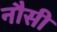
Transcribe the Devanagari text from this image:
नौसी